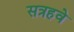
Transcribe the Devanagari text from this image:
सत्रहवे